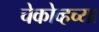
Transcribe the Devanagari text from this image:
चेकोव्हच्या